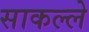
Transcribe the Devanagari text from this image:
साकल्ले